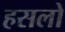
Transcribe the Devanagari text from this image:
हसलो